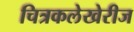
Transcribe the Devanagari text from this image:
चित्रकलेखेरीज